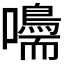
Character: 𡄠